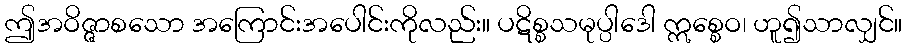
ဤအဝိဇ္ဇာစသော အကြောင်းအပေါင်းကိုလည်း။ ပဋိစ္စသမုပ္ပါဒေါ ဣစ္စေဝ၊ ဟူ၍သာလျှင်။